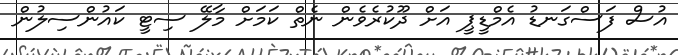
އުސް ފަސްގަނޑު އެމްޑީޕީ އަށް ދޫކުރެވެން ނެތް ކަމަށް މާލޭ ސިޓީ ކައުންސިލުން